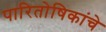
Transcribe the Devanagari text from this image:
पारितोषिकांचे